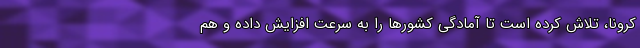
کرونا، تلاش کرده است تا آمادگی کشورها را به سرعت افزایش داده و هم